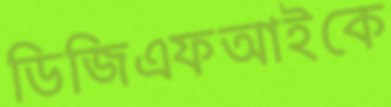
ডিজিএফআইকে